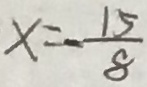
x = - \frac { 1 5 } { 8 }